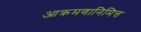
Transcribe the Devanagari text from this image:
आक्रमणानिमित्त